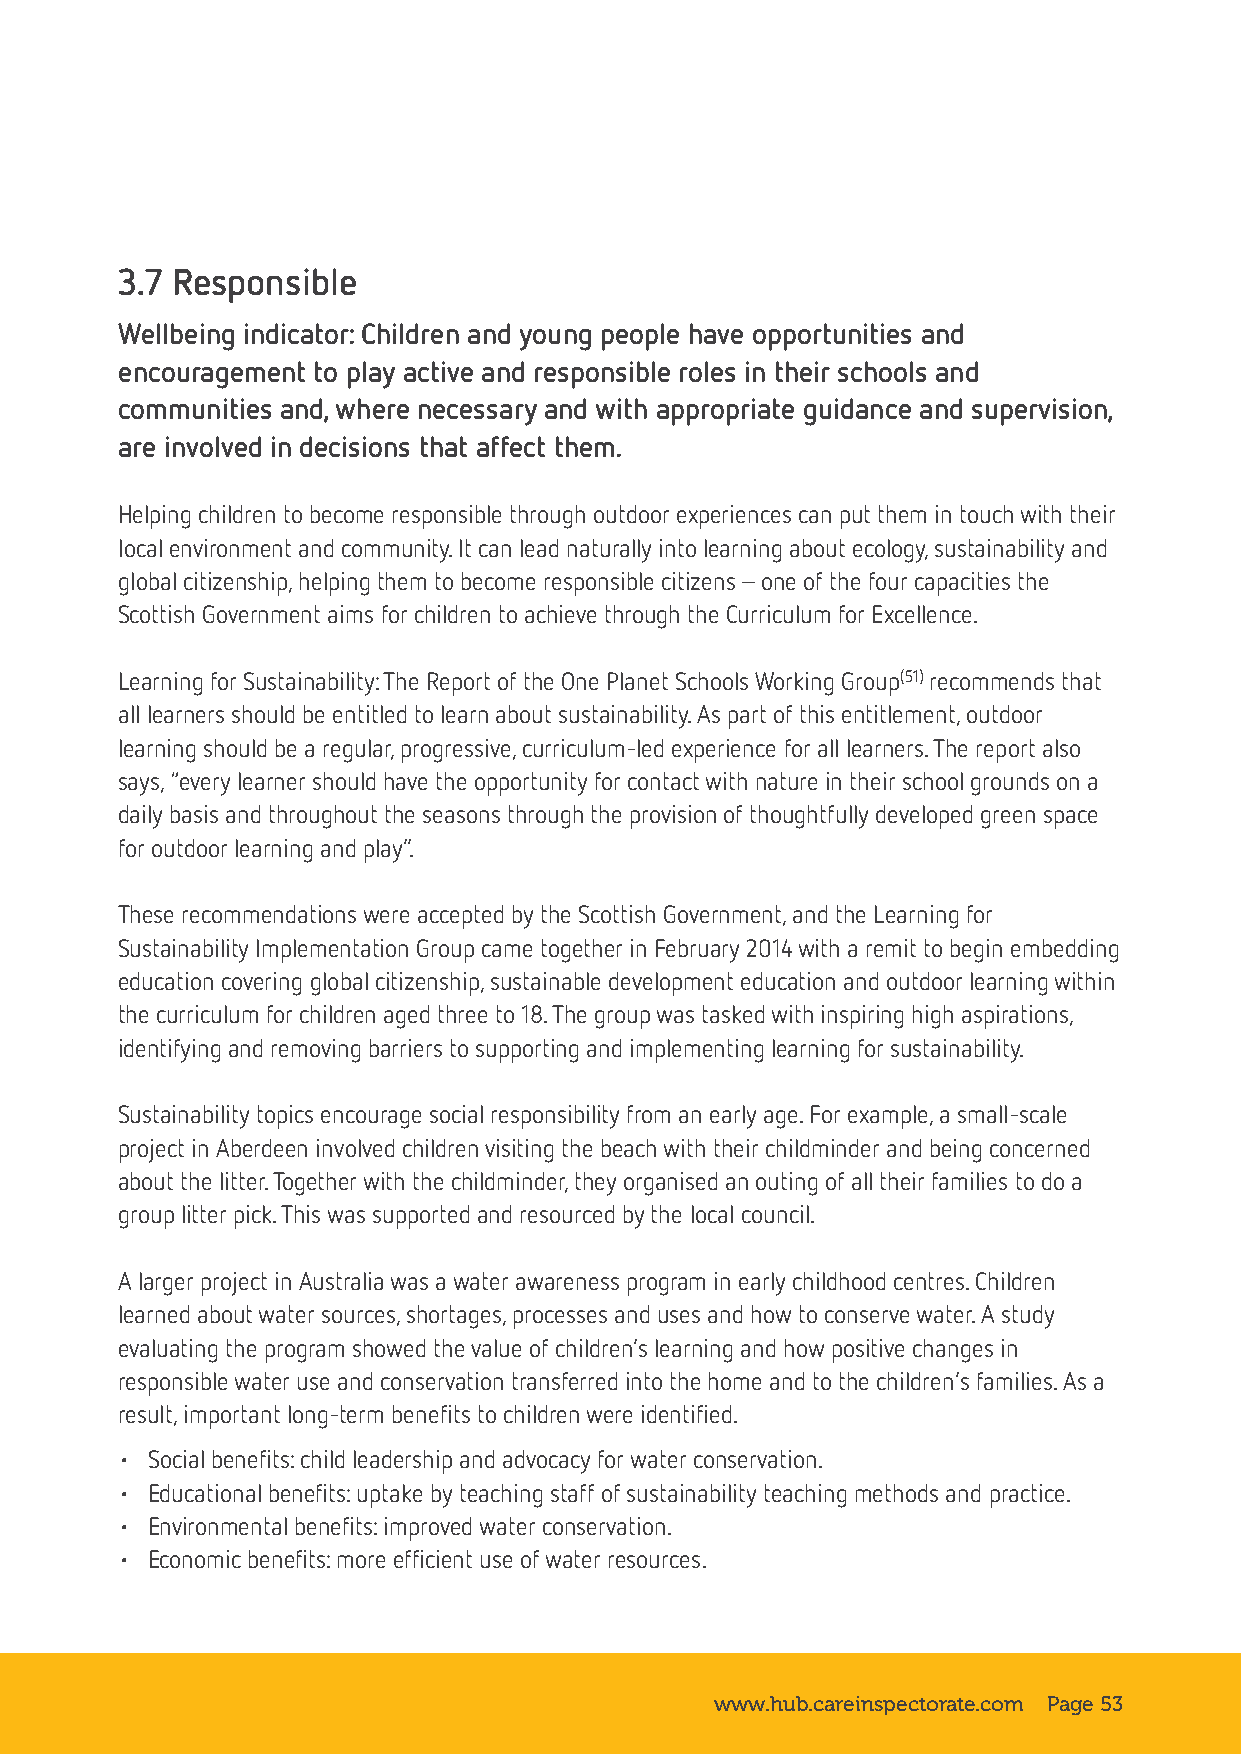
3.7 Responsible
 Wellbeing indicator: Children and young people have opportunities and
 encouragement to play active and responsible roles in their schools and
 communities and, where necessary and with appropriate guidance and supervision,
 are involved in decisions that affect them.
 Helping children to become responsible through outdoor experiences can put them in touch with their
 local environment and community. It can lead naturally into learning about ecology, sustainability and
 global citizenship, helping them to become responsible citizens – one of the four capacities the
 Scottish Government aims for children to achieve through the Curriculum for Excellence.
 Learning for Sustainability: The Report of the One Planet Schools Working Group(51) recommends that
 all learners should be entitled to learn about sustainability. As part of this entitlement, outdoor
 learning should be a regular, progressive, curriculum-led experience for all learners. The report also
 says, “every learner should have the opportunity for contact with nature in their school grounds on a
 daily basis and throughout the seasons through the provision of thoughtfully developed green space
 for outdoor learning and play”.
 These recommendations were accepted by the Scottish Government, and the Learning for
 Sustainability Implementation Group came together in February 2014 with a remit to begin embedding
 education covering global citizenship, sustainable development education and outdoor learning within
 the curriculum for children aged three to 18. The group was tasked with inspiring high aspirations,
 identifying and removing barriers to supporting and implementing learning for sustainability.
 Sustainability topics encourage social responsibility from an early age. For example, a small-scale
 project in Aberdeen involved children visiting the beach with their childminder and being concerned
 about the litter. Together with the childminder, they organised an outing of all their families to do a
 group litter pick. This was supported and resourced by the local council.
 A larger project in Australia was a water awareness program in early childhood centres. Children
 learned about water sources, shortages, processes and uses and how to conserve water. A study
 evaluating the program showed the value of children’s learning and how positive changes in
 responsible water use and conservation transferred into the home and to the children’s families. As a
 result, important long-term benefits to children were identified.
 • Social benefits: child leadership and advocacy for water conservation.
 • Educational benefits: uptake by teaching staff of sustainability teaching methods and practice.
 • Environmental benefits: improved water conservation.
 • Economic benefits: more efficient use of water resources.
 www.hub.careinspectorate.com Page 53